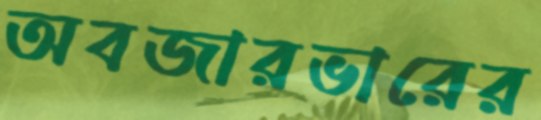
অবজারভারের